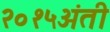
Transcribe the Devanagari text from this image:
२०१५अंती